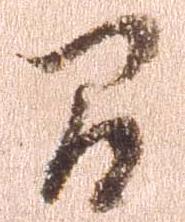
間